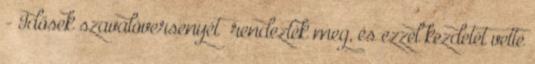
- Idősek szavalóversenyét” rendezték meg, és ezzel kezdetét vette